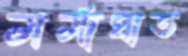
মর্মাঘাত